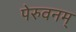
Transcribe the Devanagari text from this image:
पेरुवनम्